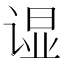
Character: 𲂒